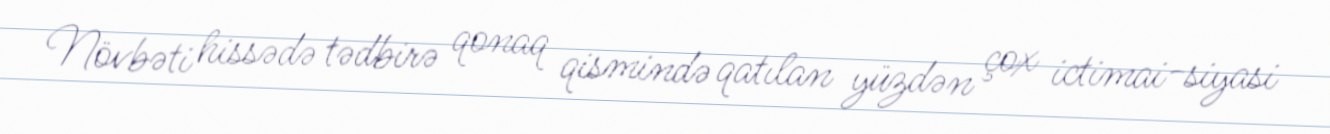
Növbəti hissədə tədbirə qonaq qismində qatılan yüzdən çox ictimai-siyasi